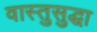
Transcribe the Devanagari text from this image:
वास्तुसुद्धा